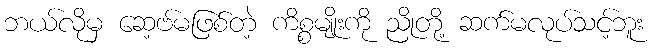
ဘယ်လိုမှ ဆေ့ဗ်မဖြစ်တဲ့ ကိစ္စမျိုးကို ညိုတို့ ဆက်မလုပ်သင့်ဘူး